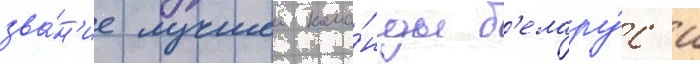
зва́н'ие лучшеи кома́нды б'елару́с'и